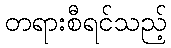
တရားစီရင်သည့်